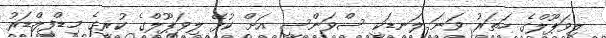
ލިވަޕޫލްގެ ހަތަރު ވަނަ ލަނޑަކީ ސްވަންސީ އަށް ކުޅޭ ލިވަޕޫލްގެ ކުރީގެ މިޑްފީލްޑަރު